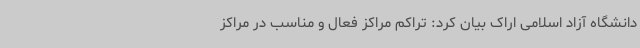
دانشگاه آزاد اسلامی اراک بیان کرد: تراکم مراکز فعال و مناسب در مراکز